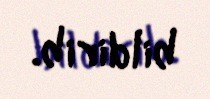
bildirib.